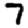
Digit: 7